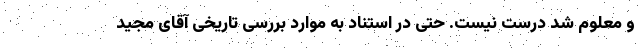
و معلوم شد درست نیست. حتی در استناد به موارد بررسی تاریخی آقای مجید